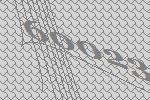
60023